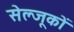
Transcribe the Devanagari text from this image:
सेल्जूकों